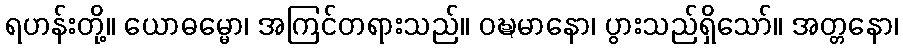
ရဟန်းတို့။ ယောဓမ္မော၊ အကြင်တရားသည်။ ဝဍ္ဎမာနော၊ ပွားသည်ရှိသော်။ အတ္တနော၊